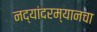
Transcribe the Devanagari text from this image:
नद्यांदरम्यानचा